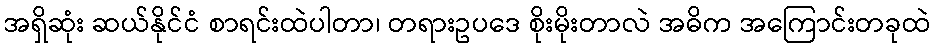
အရှိဆုံး ဆယ်နိုင်ငံ စာရင်းထဲပါတာ၊ တရားဥပဒေ စိုးမိုးတာလဲ အဓိက အကြောင်းတခုထဲ